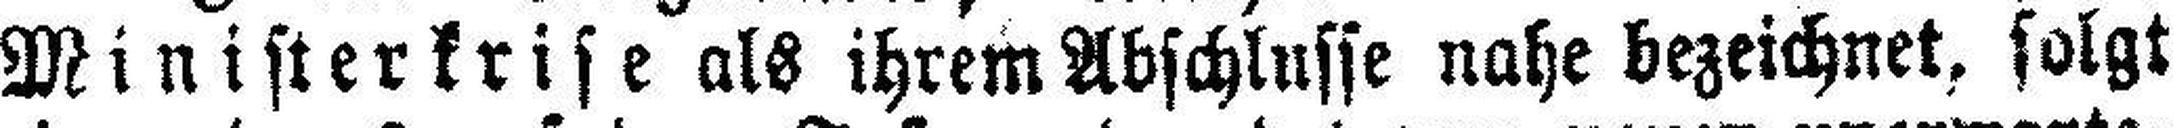
Ministerkrise als ihrem Abschlusse nahe bezeichnet, folgt